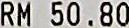
RM 50.80